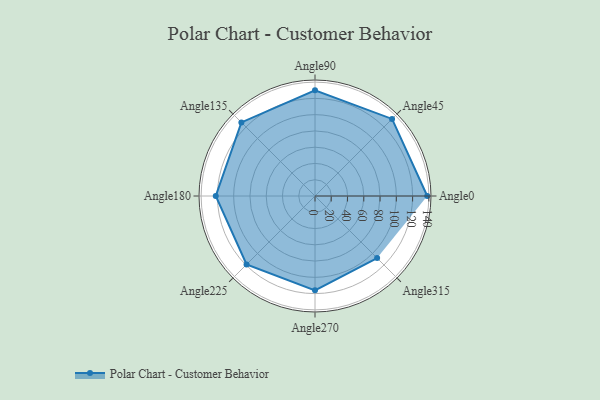
{"axis": {"x": "Angle", "y": "Radius"}, "legend": [""], "data": [{"x": "Angle0", "y": 138.0, "type": ""}, {"x": "Angle45", "y": 134.0, "type": ""}, {"x": "Angle90", "y": 130.0, "type": ""}, {"x": "Angle135", "y": 128.0, "type": ""}, {"x": "Angle180", "y": 122.0, "type": ""}, {"x": "Angle225", "y": 119.0, "type": ""}, {"x": "Angle270", "y": 116.0, "type": ""}, {"x": "Angle315", "y": 108.0, "type": ""}]}